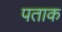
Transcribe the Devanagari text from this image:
पताक